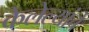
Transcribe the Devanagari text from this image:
केलेल्यांचे